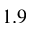
1 . 9